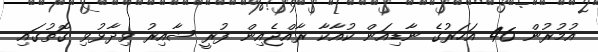
އުމުރުން 46 އަހަރުގެ ނާޑިއަން ކުއާކާ ރާއްޖެއިން ފުރީ ޝާއިރު ވިދާޅުވި ގޮތުގައި